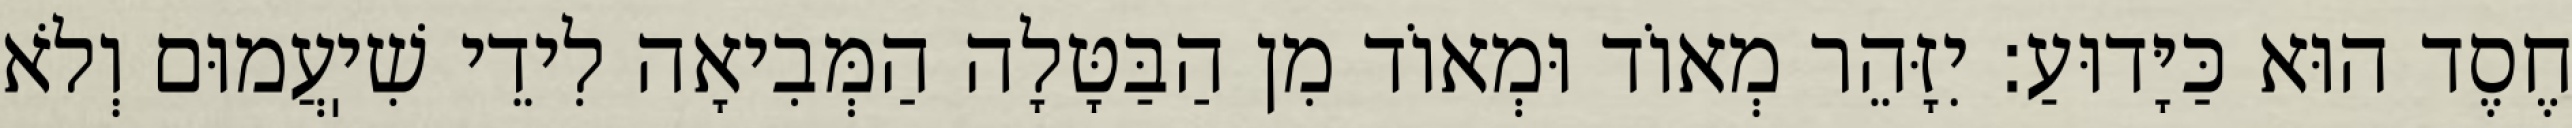
חֶסֶד הוּא כַּיָּדוּעַ: יִזָּהֵר מְאוֹד וּמְאוֹד מִן הַבַּטָּלָה הַמְּבִיאָה לִידֵי שִׁיֽעֲמוּם וְלֹא